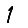
Digit: 1